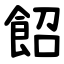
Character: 䬰